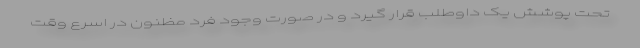
تحت پوشش یک داوطلب قرار گیرد و در صورت وجود فرد مظنون در اسرع وقت